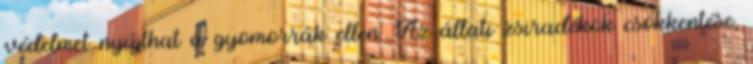
védelmet nyújthat a gyomorrák ellen. Az állati zsiradékok csökkentése,